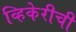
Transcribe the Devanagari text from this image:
व्हिकेरीची